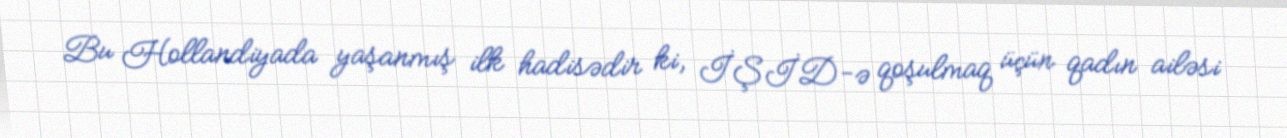
Bu Hollandiyada yaşanmış ilk hadisədir ki, İŞİD-ə qoşulmaq üçün qadın ailəsi